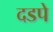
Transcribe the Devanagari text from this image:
दडपे